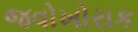
જવોખોરાક